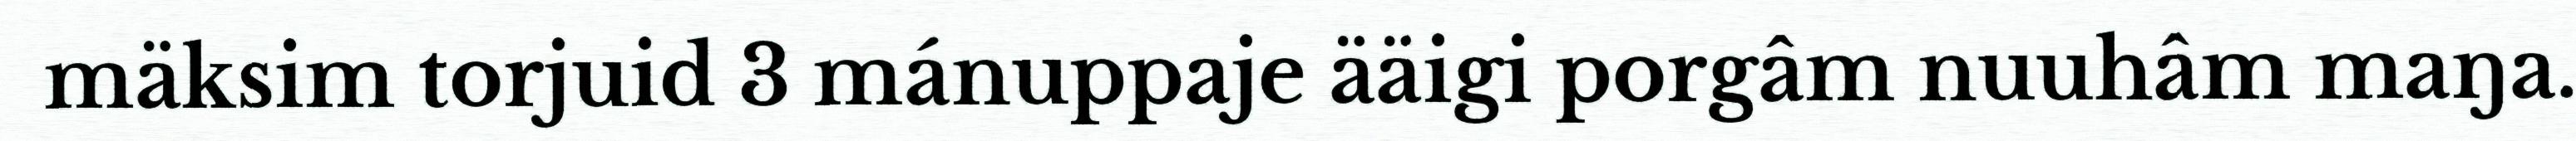
mäksim torjuid 3 mánuppaje ääigi porgâm nuuhâm maŋa.